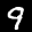
Label: 9